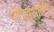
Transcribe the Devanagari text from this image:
विक्चुअलिंग